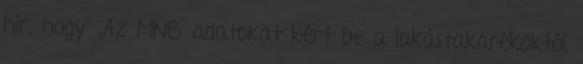
hír, hogy „Az MNB adatokat kért be a lakástakarékoktól.